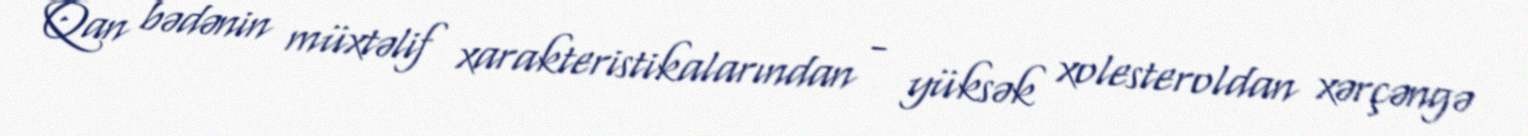
Qan bədənin müxtəlif xarakteristikalarından - yüksək xolesteroldan xərçəngə